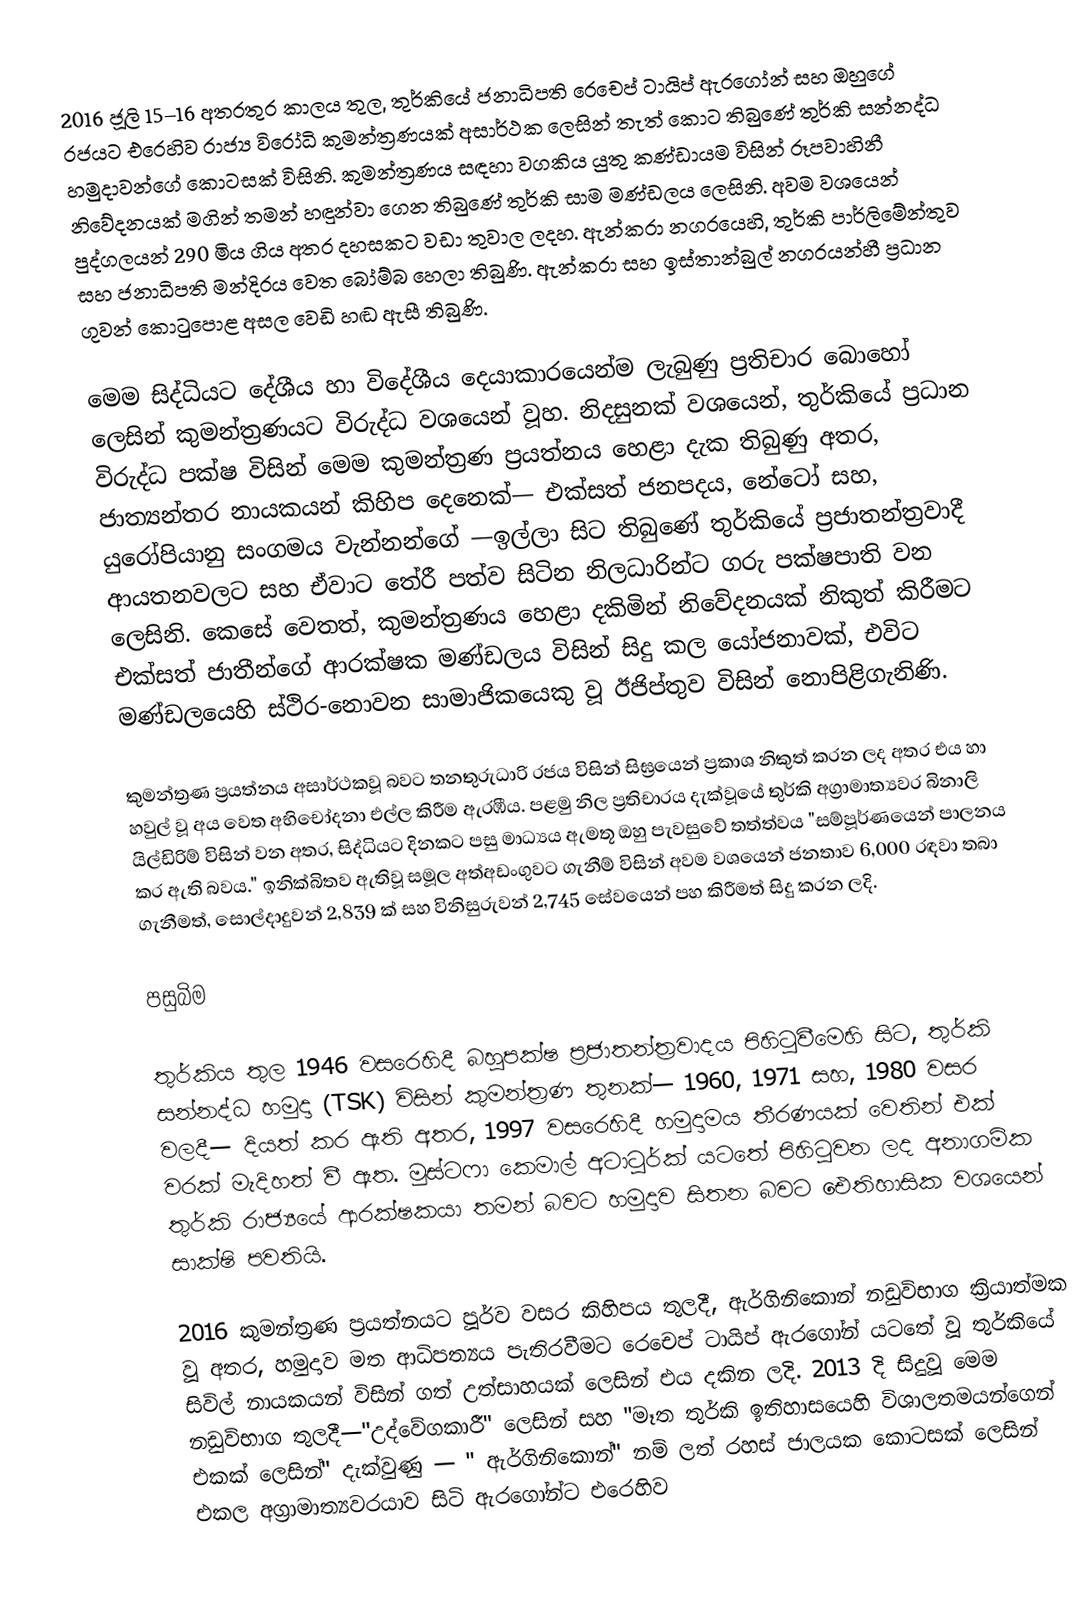
2016 ජූලි 15–16 අතරතුර කාලය තුල, තුර්කියේ ජනාධිපති රෙචෙප් ටායිප් ඇරගෝන් සහ ඔහුගේ රජයට එරෙහිව  රාජ්‍ය විරෝධි කුමන්ත්‍රණයක්  අසාර්ථක ලෙසින්  තැත් කොට තිබුණේ තුර්කි සන්නද්ධ හමුදාවන්ගේ කොටසක් විසිනි. කුමන්ත්‍රණය සඳහා වගකිය යුතු කණ්ඩායම විසින් රූපවාහිනී නිවේදනයක් මගින් තමන් හඳුන්වා ගෙන තිබුණේ තුර්කි සාම මණ්ඩලය ලෙසිනි. අවම වශයෙන් පුද්ගලයන් 290 මිය ගිය අතර දහසකට වඩා තුවාල ලදහ. ඇන්කරා නගරයෙහි, තුර්කි පාර්ලිමේන්තුව සහ ජනාධිපති මන්දිරය වෙත බෝම්බ හෙලා තිබුණි. ඇන්කරා සහ ඉස්තාන්බුල් නගරයන්හී ප්‍රධාන ගුවන් කොටුපොළ අසල වෙඩි හඬ ඇසී තිබුණි.

මෙම සිද්ධියට දේශීය හා විදේශීය දෙයාකාරයෙන්ම ලැබුණු ප්‍රතිචාර බොහෝ ලෙසින් කුමන්ත්‍රණයට විරුද්ධ වශයෙන් වූහ. නිදසුනක් වශයෙන්, තුර්කියේ ප්‍රධාන විරුද්ධ පක්ෂ විසින් මෙම කුමන්ත්‍රණ ප්‍රයත්නය හෙළා දැක තිබුණු අතර, ජාත්‍යන්තර නායකයන් කිහිප දෙනෙක්— එක්සත් ජනපදය, නේටෝ සහ, යුරෝපියානු සංගමය වැන්නන්ගේ —ඉල්ලා සිට තිබුණේ තුර්කියේ ප්‍රජාතන්ත්‍රවාදී ආයතනවලට සහ ඒවාට තේරී පත්ව සිටින නිලධාරින්ට ගරු පක්ෂපාති වන ලෙසිනි.  කෙසේ වෙතත්, කුමන්ත්‍රණය හෙළා දකිමින් නිවේදනයක් නිකුත් කිරීමට එක්සත් ජාතීන්ගේ ආරක්ෂක මණ්ඩලය විසින් සිදු කල යෝජනාවක්, එවිට මණ්ඩලයෙහි ස්ථිර-නොවන සාමාජිකයෙකු වූ  ඊජිප්තුව විසින් නොපිළිගැනිණි.

කුමන්ත්‍රණ ප්‍රයත්නය අසාර්ථකවූ බවට තනතුරුධාරි රජය විසින් සිඝ්‍රයෙන් ප්‍රකාශ නිකුත් කරන ලද අතර එය හා හවුල් වූ අය වෙත අභිචෝදනා එල්ල කිරීම ඇරඹීය. පළමු නිල ප්‍රතිචාරය දැක්වූයේ තුර්කි අග්‍රාමාත්‍යවර  බිනාලි යිල්ඩිරිම් විසින් වන අතර, සිද්ධියට දිනකට පසු මාධ්‍යය ඇමතූ ඔහු පැවසුවේ තත්ත්වය "සම්පූර්ණයෙන් පාලනය කර ඇති බවය." ඉනික්බිතව ඇතිවූ සමූල අත්අඩංගුවට ගැනීම් විසින් අවම වශයෙන් ජනතාව 6,000 රඳවා තබා ගැනීමත්, සොල්දාදුවන් 2,839 ක්  සහ විනිසුරුවන් 2,745 සේවයෙන් පහ කිරීමත් සිදු කරන ලදි.

පසුබිම

තුර්කිය තුල 1946 වසරෙහිදී බහුපක්ෂ ප්‍රජාතන්ත්‍රවාදය පිහිටුවීමෙහි සිට, තුර්කි සන්නද්ධ හමුදා (TSK) විසින් කුමන්ත්‍රණ තුනක්— 1960, 1971 සහ, 1980 වසර වලදී— දියත් කර ඇති අතර,  1997 වසරෙහිදී හමුදාමය තීරණයක් වෙතින් එක් වරක් මැදිහත් වී ඇත.   මුස්ටෆා කෙමාල් අටාටුර්ක් යටතේ පිහිටුවන ලද අනාගමික තුර්කි රාජ්‍යයේ ආරක්ෂකයා තමන් බවට හමුදාව සිතන බවට ඓතිහාසික වශයෙන් සාක්ෂි පවතියි.

2016 කුමන්ත්‍රණ ප්‍රයත්නයට පූර්ව වසර කිහිපය තුලදී, ඇර්ගිනිකොන් නඩුවිභාග ක්‍රියාත්මක වූ අතර, හමුදාව මත ආධිපත්‍යය පැතිරවීමට රෙචෙප් ටායිප් ඇරගෝන් යටතේ වූ තුර්කියේ සිවිල් නායකයන් විසින් ගත් උත්සාහයක් ලෙසින් එය දකින ලදි. 2013 දි සිදුවූ මෙම නඩුවිභාග තුලදී—"උද්වේගකාරී" ලෙසින්  සහ "මෑත තුර්කි ඉතිහාසයෙහි විශාලතමයන්ගෙන් එකක් ලෙසින්" දැක්වුණු — " ඇර්ගිනිකොන්" නම් ලත් රහස් ජාලයක කොටසක් ලෙසින් එකල අග්‍රාමාත්‍යවරයාව සිටි ඇරගෝන්ට එරෙහිව